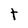
Character: t